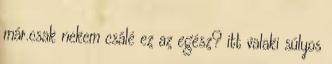
már.csak nekem csálé ez az egész? itt valaki súlyos